Report on vaccination in the Province of Bengal - 1874-1889
Year: 1874
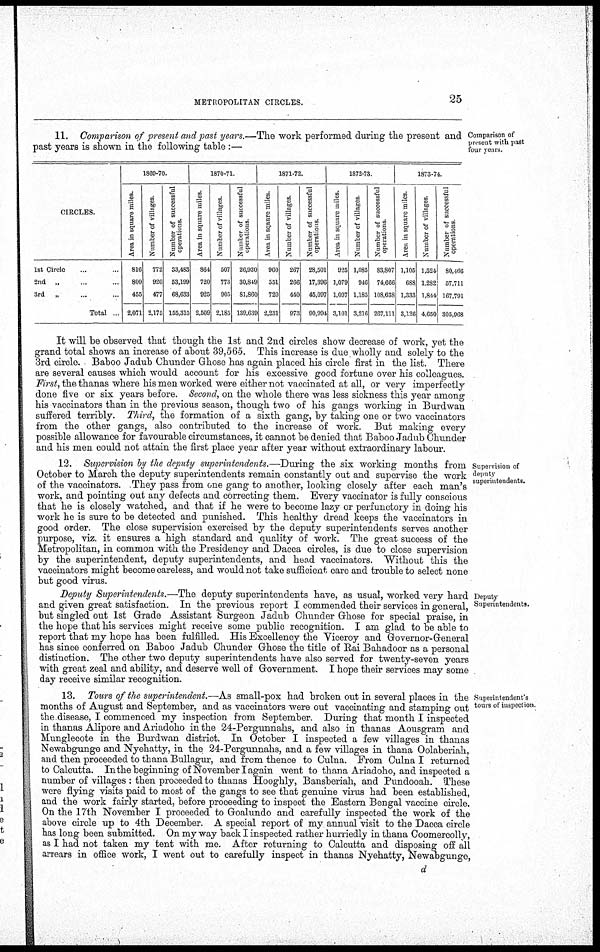
METROPOLITAN CIRCLES.
25
11. Comparison of present and past years.—The work performed during the present and
past years is shown in the following table :—
Comparison of
present with past
four years.
CIRCLES.
1st Circle ... ...
2nd „ ... ...
3rd
„ ... ...
Total ...
1860-70.
Area in square miles.
816
800
455
2,071
Number of villages
772
920
477
2,175
Number of successful
operations.
33,483
53,199
68,633
155,315
1870-71
Area in square miles.
864
720
925
2,509
Number of villages.
507
773
905
2,185
Number of successful
operations.
26,930
30,849
81,860
139,639
1871-72.
Area in sqaure miles.
960
551
720
2,231
Number of villages.
267
266
440
973
Number of successful
operations.
28,501
17,396
45,097
90,994
1872-73.
Area in square miles.
925
1,079
1,097
3,101
Number of villages.
1,085
946
1,185
3,216
Number of successful
operations.
83,807
74,666
108,638
267,111
1873-74.
Area in square miles.
1,105
688
1,333
3,126
Number of villages.
1,524
1,282
1,844
4,650
Number of successful
operations
80,466
57,711
167,791
305,968
It will be observed that though the 1st and 2nd circles show decrease of work, yet the
grand total shows an increase of about 39,565. This increase is due wholly and solely to the
3rd circle. Baboo Jadub Chunder Ghose has again placed his circle first in the list. There
are several causes which would account for his excessive good fortune over his colleagues.
First, the thanas where his men worked were either not vaccinated at all, or very imperfectly
done five or six years before. Second, on the whole there was less sickness this year among
his vaccinators than in the previous season, though two of his gangs working in Burdwan
suffered terribly. Third, the formation of a sixth gang, by taking one or two vaccinators
from the other gangs, also contributed to the increase of work. But making every
possible allowance for favourable circumstances, it cannot be denied that Baboo Jadub Chunder
and his men could not attain the first place year after year without extraordinary labour.
Supervision of
deputy
superintendents.
12. Supervision by the deputy superintendents.—During the six working months from
October to March the deputy superintendents remain constantly out and supervise the work
of the vaccinators. They pass from one gang to another, looking closely after each man's
work, and pointing out any defects and correcting them. Every vaccinator is fully conscious
that he is closely watched, and that if he were to become lazy or perfunctory in doing his
work he is sure to be detected and punished. This healthy dread keeps the vaccinators in
good order. The close supervision exercised by the deputy superintendents serves another
purpose, viz. it ensures a high standard and quality of work. The great success of the
Metropolitan, in common with the Presidency and Dacca circles, is due to close supervision
by the superintendent, deputy superintendents, and head vaccinators. Without this the
vaccinators might become careless, and would not take sufficient care and trouble to select none
but good virus.
Deputy
Superintendents.
Deputy Superintendents.—The deputy superintendents have, as usual, worked very hard
and given great satisfaction. In the previous report I commended their services in general,
but singled out 1st Grade Assistant Surgeon Jadub Chunder Ghose for special praise, in
the hope that his services might receive some public recognition. I am glad to be able to
report that my hope has been fulfilled. His Excellency the Viceroy and Governor-General
has since conferred on Baboo Jadub Chunder Ghose the title of Rai Bahadoor as a personal
distinction. The other two deputy superintendents have also served for twenty-seven years
with great zeal and ability, and deserve well of Government. I hope their services may some
day receive similar recognition.
Superintendent's
tours of inspection
13. Tours of the superintendent.—As small-pox had broken out in several places in the
months of August and September, and as vaccinators were out vaccinating and stamping out
the disease, I commenced my inspection from September. During that month I inspected
in thanas Alipore and Ariadoho in the 24-Pergunnahs, and also in thanas Aousgram and
Munglecote in the Burdwan district. In October I inspected a few villages in thanas
Newabgunge and Nyehatty, in the 24-Pergunnahs, and a few villages in thana Oolaberiah,
and then proceeded to thana Bullagur, and from thence to Culna. From Culna I returned
to Calcutta. In the beginning of November I again went to thana Ariadoho, and inspected a
number of villages : then proceeded to thanas Hooghly, Bansberiah, and Pundooah. These
were flying visits paid to most of the gangs to see that genuine virus had been established,
and the work fairly started, before proceeding to inspect the Eastern Bengal vaccine circle.
On the 17th November I proceeded to Goalundo and carefully inspected the work of the
above circle up to 4th December. A special report of my annual visit to the Dacca circle
has long been submitted. On my way back I inspected rather hurriedly in thana Coomercolly,
as I had not taken my tent with me. After returning to Calcutta and disposing off all
arrears in office work, I went out to carefully inspect in thanas Nyehatty, Newabgunge,
d